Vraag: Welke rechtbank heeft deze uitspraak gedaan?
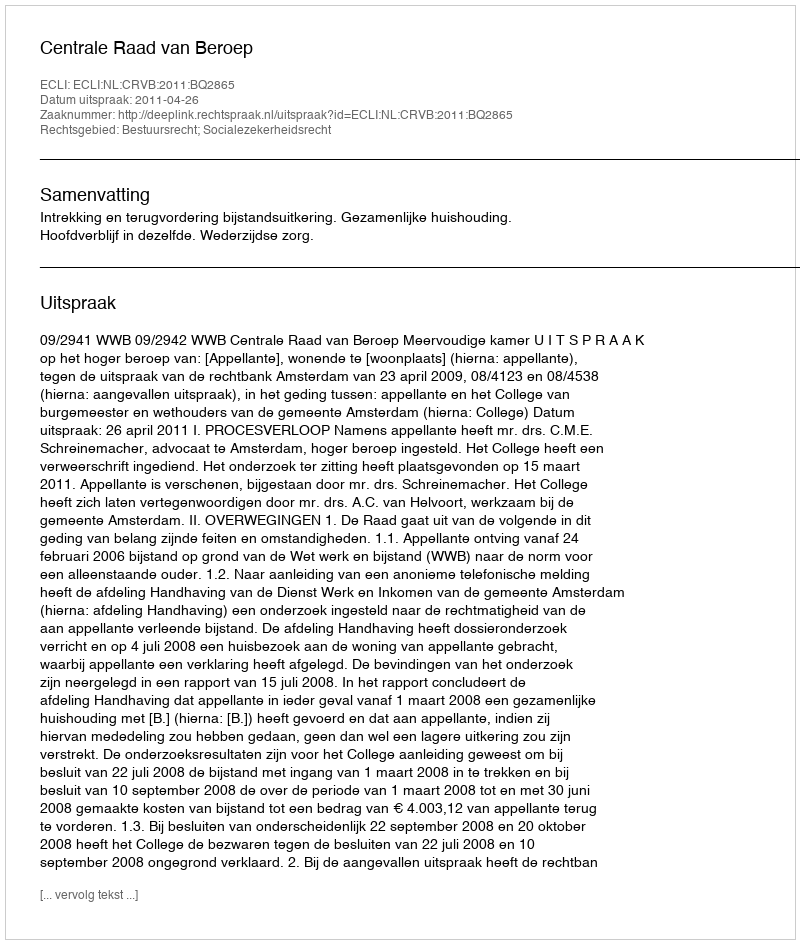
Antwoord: Centrale Raad van Beroep